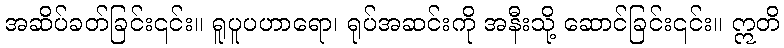
အဆိပ်ခတ်ခြင်း၎င်း။ ရူပူပဟာရော၊ ရုပ်အဆင်းကို အနီးသို့ ဆောင်ခြင်း၎င်း။ ဣတိ